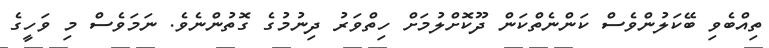
ތިއްބެވި ބޭކަލުންވެސް ކަންނެތްކަން ދޫކޮށްލުމަށް ހިތްވަރު ދިނުމުގެ ގޮތުންނެވެ. ނަމަވެސް މި ވަހީގެ